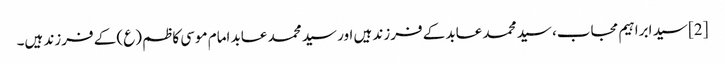
[2] سید ابراہیم مجاب، سید محمد عابد کے فرزند ہیں اور سید محمد عابد امام موسی کاظم (ع) کے فرزند ہیں۔